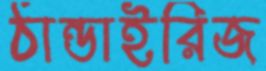
ঠান্ডাইরিজ